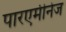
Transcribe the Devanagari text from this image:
पारएमीनेज